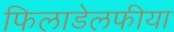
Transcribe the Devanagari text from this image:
फिलाडेलफीया